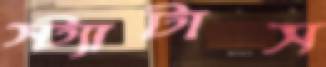
স্ট্যাটাস